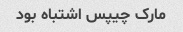
مارک چیپس اشتباه بود